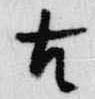
古